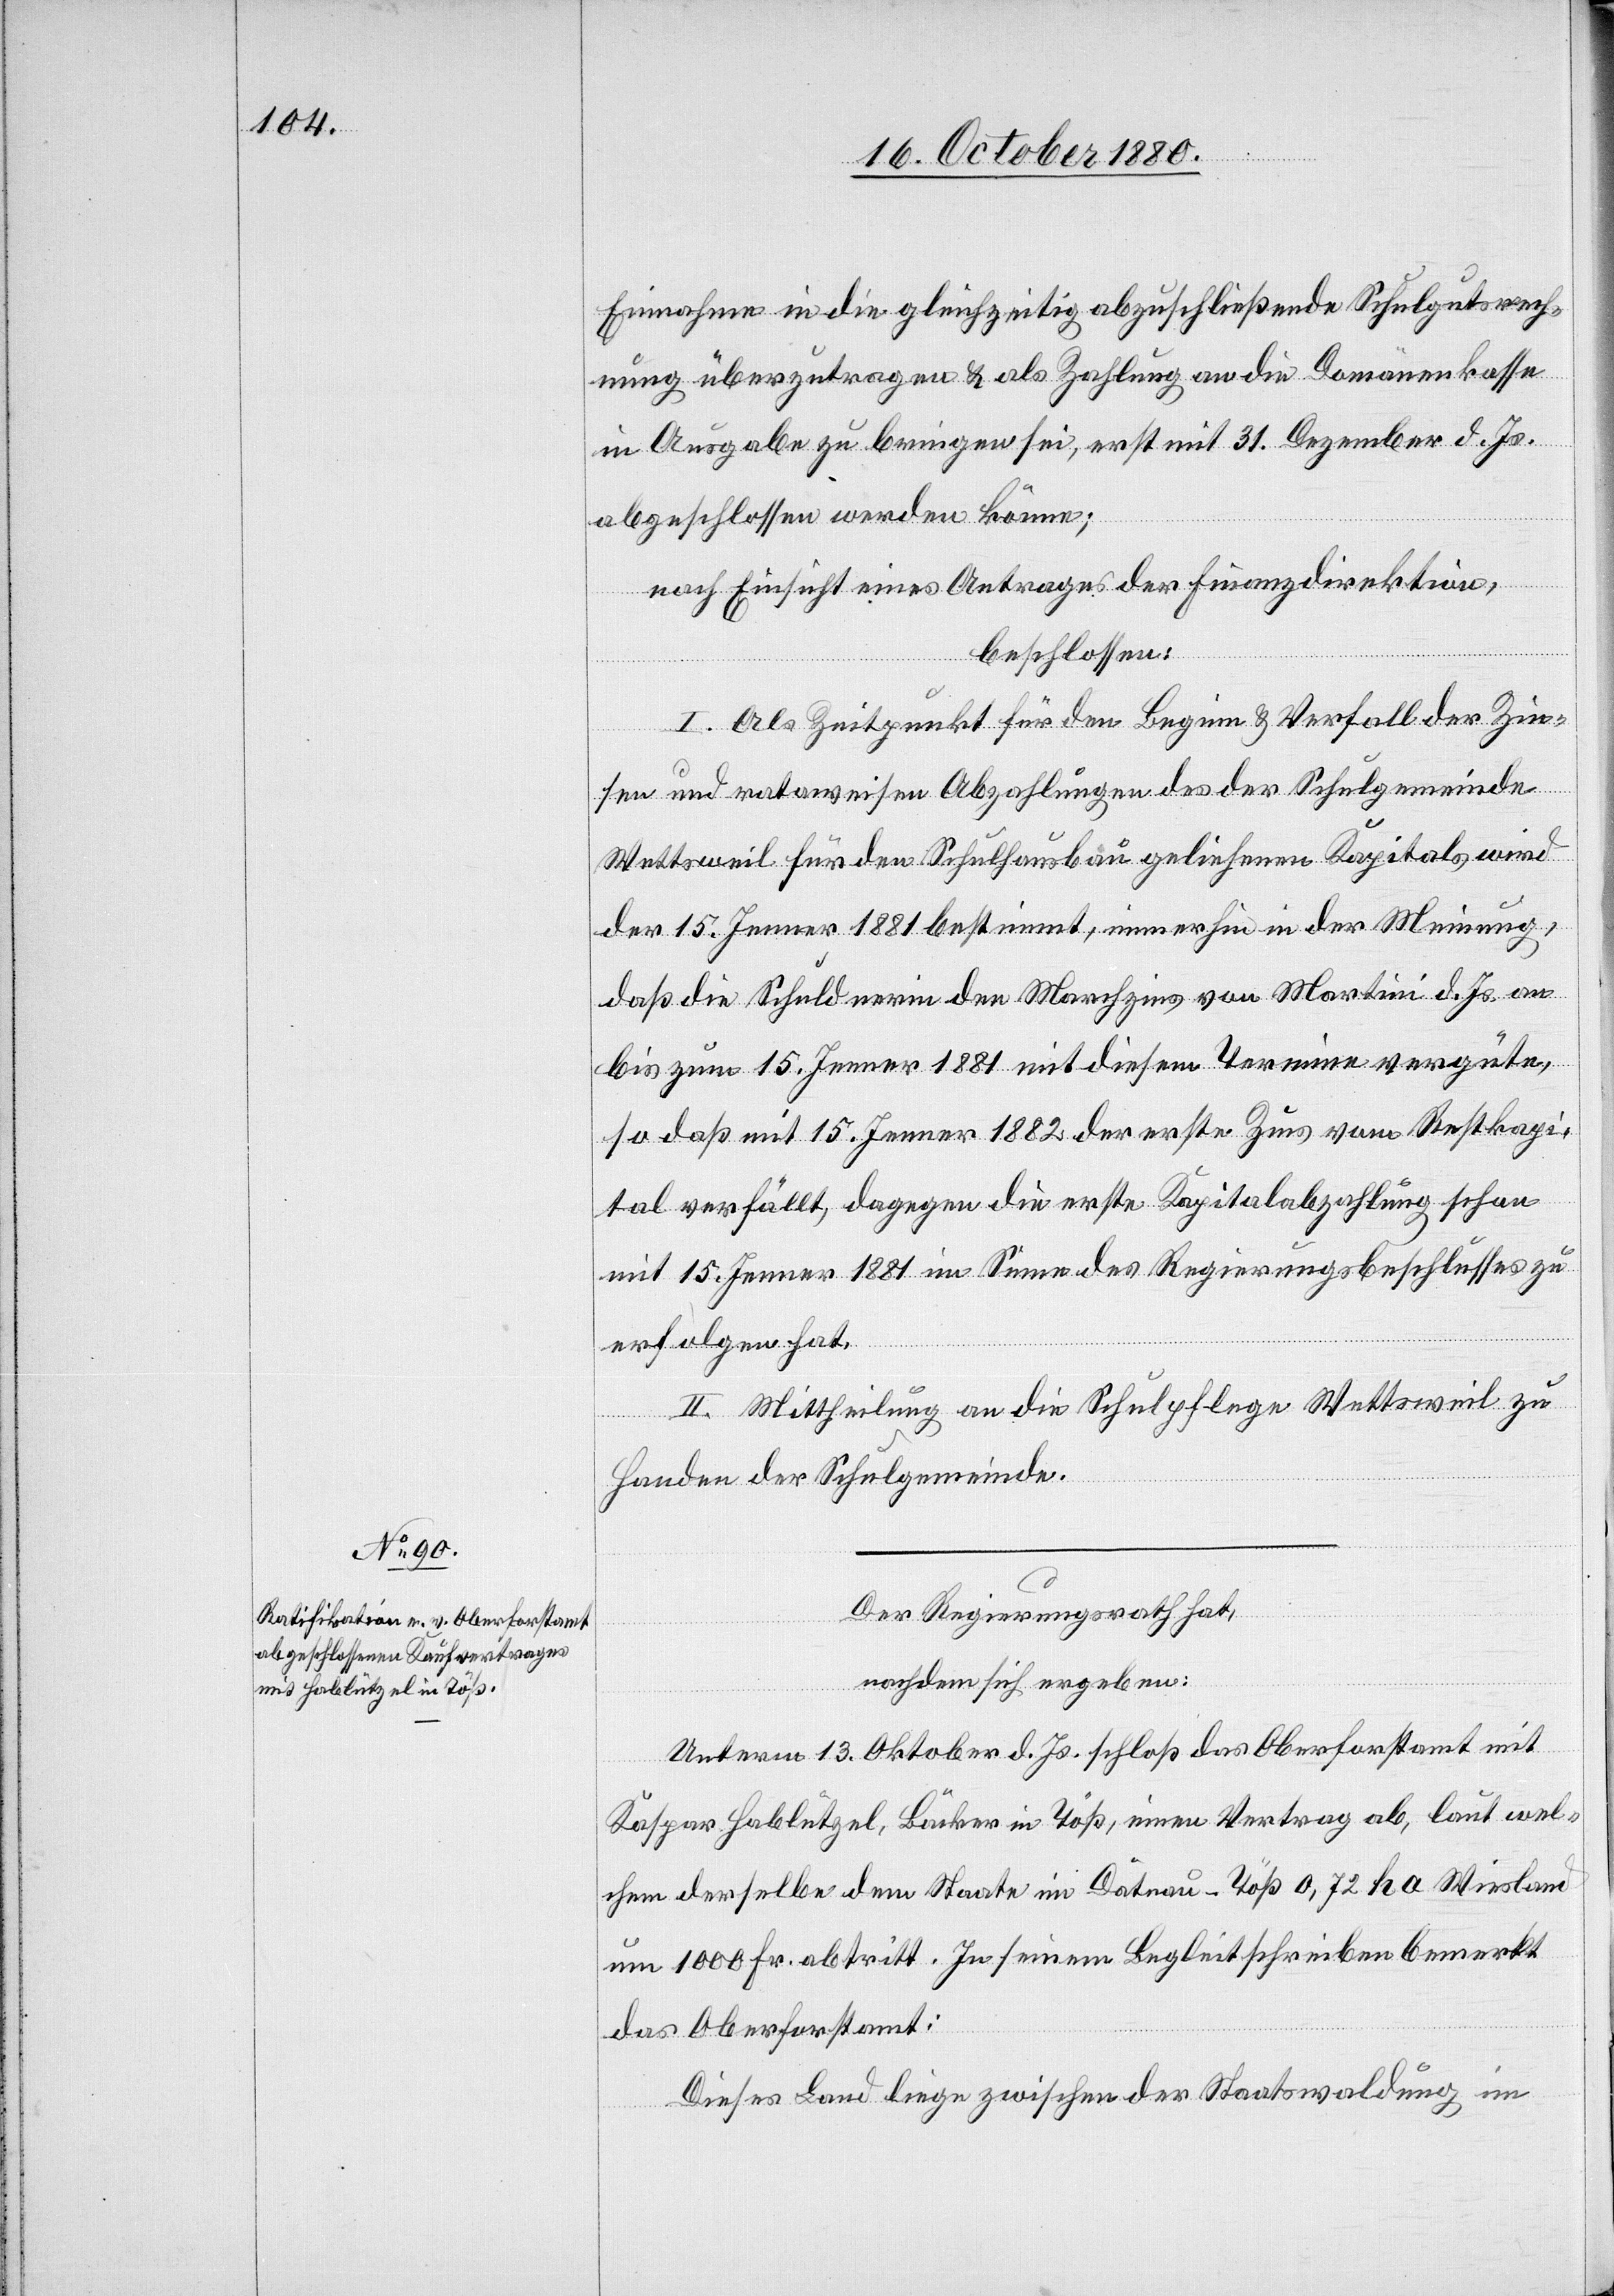
Einnahme in die gleichzeitig abzuschließende Schulgutsrech¬
nung überzutragen & als Zahlung an die Domänenkasse
in Ausgabe zu bringen sei, erst mit 31. Dezember d. Js.
abgeschlossen werden könne;
nach Einsicht eines Antrages der Finanzdirektion,
beschlossen:
I. Als Zeitpunkt für den Beginn & Verfall der Zin¬
sen und rataweisen Abzahlungen des der Schulgemeinde
Wettsweil für den Schulhausbau geliehenen Kapitals wird
der 15. Jenner 1881 bestimmt, immerhin in der Meinung,
daß die Schuldnerin den Marchzins von Martini d. Js. an
bis zum 15. Jenner 1881 mit diesem Termine vergüte,
so daß mit 15. Jenner 1882 der erste Zins vom Restkapi¬
tal verfällt, dagegen die erste Kapitalabzahlung schon
mit 15. Jenner 1881 im Sinne des Regierungsbeschlusses zu
erfolgen hat.
II. Mittheilung an die Schulpflege Wettsweil zu
Handen der Schulgemeinde.
Der Regierungsrath hat,
nachdem sich ergeben:
Unterm 13. Oktober d. Js. schloß das Oberforstamt mit
Kaspar Hablützel, Bäcker in Töß, einen Vertrag ab, laut wel¬
chem derselbe dem Staate im Dätnau - Töß 0,72 ha Wiesland
um 1000 Fr. abtritt. In seinem Begleitschreiben bemerkt
das Oberforstamt:
Dieses Land liege zwischen der Staatswaldung im